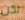
لكن